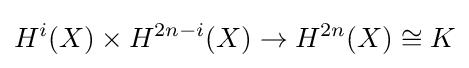
H^{i}(X)\times H^{2n-i}(X)\to H^{2n}(X)\cong K